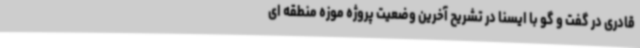
قادری در گفت و گو با ایسنا در تشریح آخرین وضعیت پروژه موزه منطقه ای